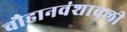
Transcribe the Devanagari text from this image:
चौहानवंशावली